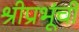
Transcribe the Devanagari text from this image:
श्रीप्रभूंची